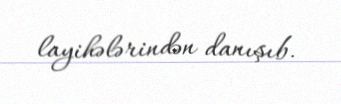
layihələrindən danışıb.